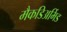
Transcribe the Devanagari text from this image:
मैकडिअर्मिड